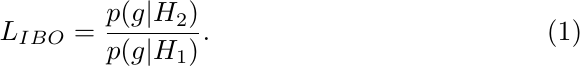
\begin{equation}\label{eq:likeratio1}
L_{IBO}=\frac{p(g|H_2)}{p(g|H_1)}.
\end{equation}